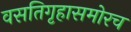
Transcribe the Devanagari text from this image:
वसतिगृहासमोरच